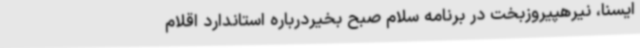
ایسنا، نیرهپیروزبخت در برنامه سلام صبح بخیردرباره استاندارد اقلام